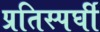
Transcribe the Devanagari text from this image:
प्रतिस्पर्घी